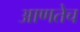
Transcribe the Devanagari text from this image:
आणतेच